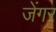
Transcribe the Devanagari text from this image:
जेंगर